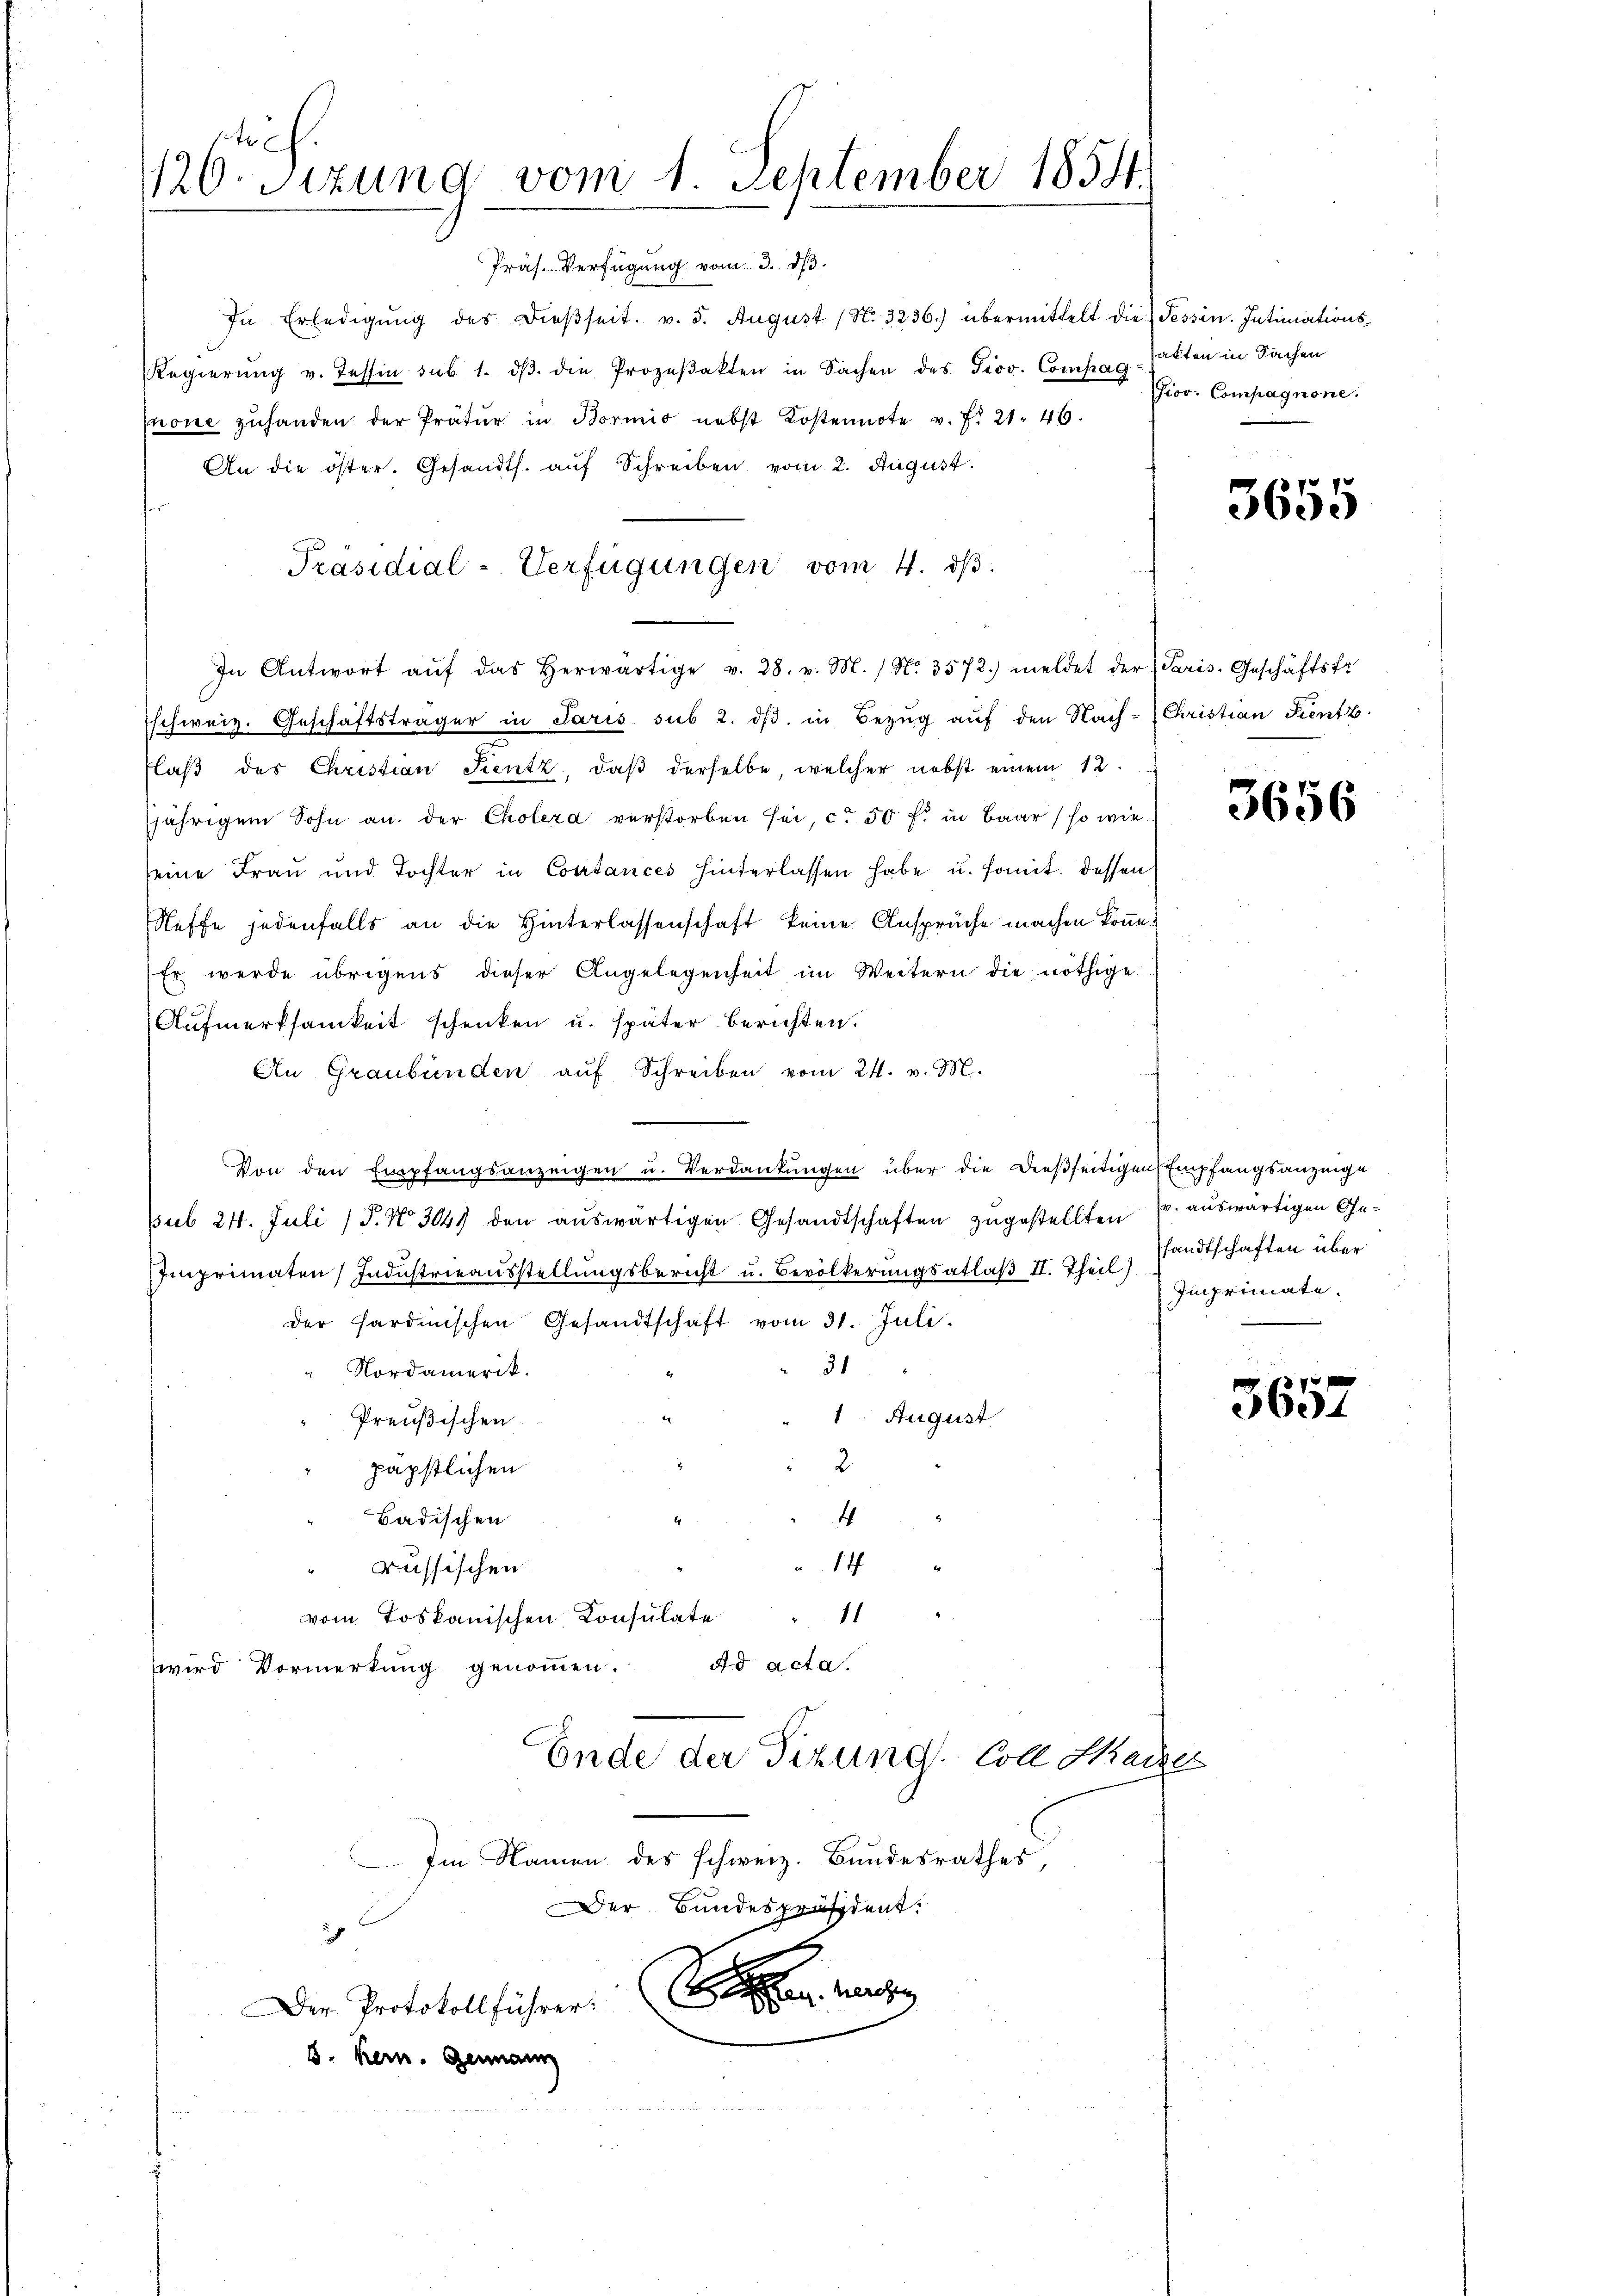
44 x
120. Sitzung vom 1. September 1854.

Präs. Verfügung vom 3. dβ.

In Erledigung des dießseit v. 5. August (N. 3236.) übermittelt die
Regierŭng v. Tessin sub 1. dβ die Prozeβakten in Sachen des Giov. Compag
none zuhanden der Pratŭr in Bornis nebst Kostennote v. f. 21. 46.
An die öster. Gesandts. auf Schreiben vom 2. August.
In Antwort aŭf das herwärtige v. 28. v. M. / No. 3572) meldet der Paris. Geschäftsfr.
schweiz. Geschäftsträger in Paris sub 2. dβ. in Bezŭg aŭf den Nach- (Christian Sentz
Flaβ des Christian Sientz, daβ derselbe, welcher nebst einem 12.
jährigem Sohn an der Cholera verstorben sei, ca 50 fl in Baar (so wieseine Frau und Tochter in Costances hinterlassen habe u. somit dessen
Neffe jedenfalls an die Hinterlassenschaft keine Ansprüche machen könne
Er werde übrigens dieser Angelegenheit im Weitern die nöthige
Aufmerksamkeit schenken u. später berichten.
An Graubünden auf Schreiben vom 24. v. M.
Von den Empfangsanzeigen u. Verdankungen über die dießseitigen Empfangsanzeige
Sub 24. Juli (T. No. 304 den aŭswärtigen Gesandtschaften zugestellten pr. auswärtigen Ge¬
Imprimaten Industrieausstellungsbericht u. Bevölkerungsatlaβ II. Thei Imprimate.
der sardinischen Gesandtschaft vom 31. Juli.
31
" Nordamerik.
1. August
Preußischen
2.
päpstlichen
Badischen
4
14
russischen
11
vom Toskanischen Konsulate
Ad acta.
wird Vormerkung genommen.
Ende der Tizung. Coll Hacker
Im Namen des schweiz. Bundesrathes,
Der Bundespräsident:
ch
.
Der Protokollführer:
5. kein. Germann

Präsidial-Verfügungen vom 4. dβ.

Fessen. Intimationssakten in Sachen
Jiov. Compagnone.

3655

3656

sandtschaften über

3657